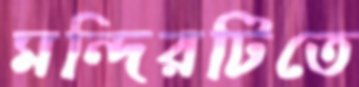
মন্দিরটিতে